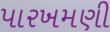
પારખમણી